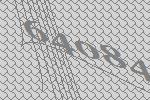
64084